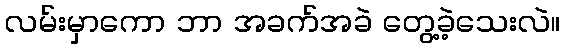
လမ်းမှာကော ဘာ အခက်အခဲ တွေ့ခဲ့သေးလဲ။